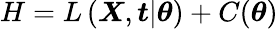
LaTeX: H=L\left(\boldsymbol{X},\boldsymbol{t}|\boldsymbol{\theta}\right)+C(\boldsymbol{\theta})